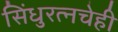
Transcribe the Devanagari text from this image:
सिंधुरत्नचेही